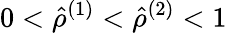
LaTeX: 0<\hat{\rho}^{(1)}<\hat{\rho}^{(2)}<1